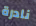
نادرة